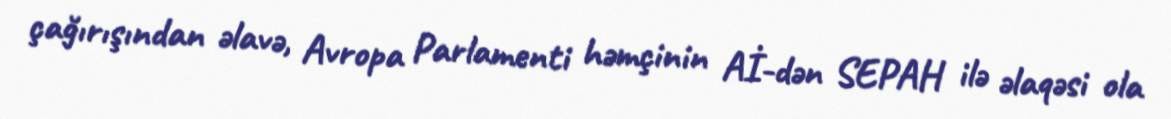
çağırışından əlavə, Avropa Parlamenti həmçinin Aİ-dən SEPAH ilə əlaqəsi ola